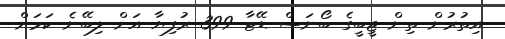
އިތުރުން ތިން ޖީބީގެ ބޯނަސް ޑޭޓާ 399 ރުފިޔާ އަށް ލިބޭނެ ކަމަށް